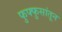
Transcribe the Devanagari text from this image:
फुफ्फुसांतून